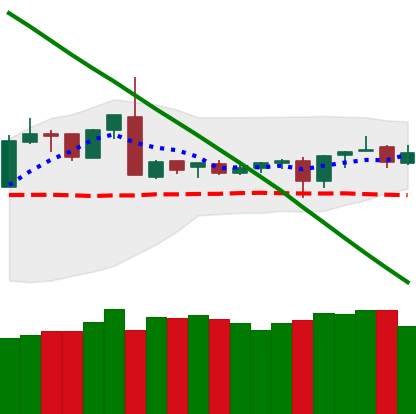
Ticker: XMR-USD
Chart end date: 2019-03-09
Forward return: 3.086%
Label: up_3_5